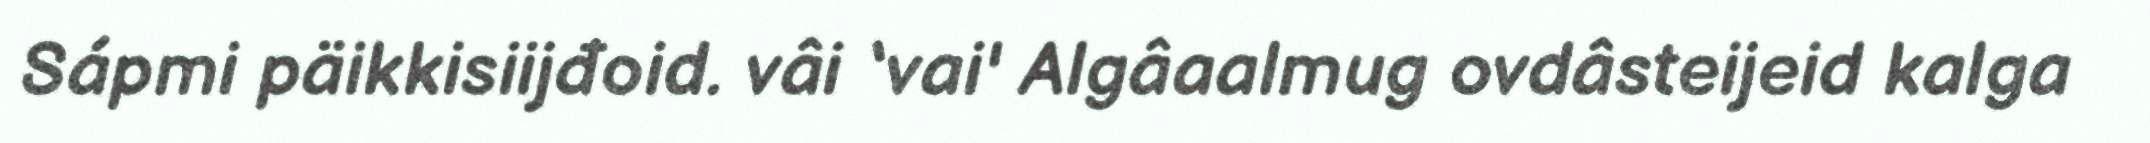
Sápmi päikkisiijđoid. vâi ‘vai' Algâaalmug ovdâsteijeid kalga